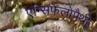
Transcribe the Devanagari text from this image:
एन्सिफेलोपैथी